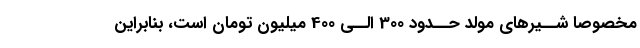
مخصوصا شــیرهاى مولد حــدود 300 الــى 400 میلیون تومان است، بنابراین